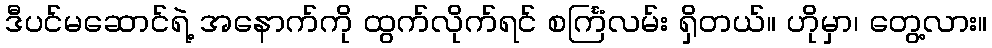
ဒီပင်မဆောင်ရဲ့ အနောက်ကို ထွက်လိုက်ရင် စင်္ကြံလမ်း ရှိတယ်။ ဟိုမှာ၊ တွေ့လား။